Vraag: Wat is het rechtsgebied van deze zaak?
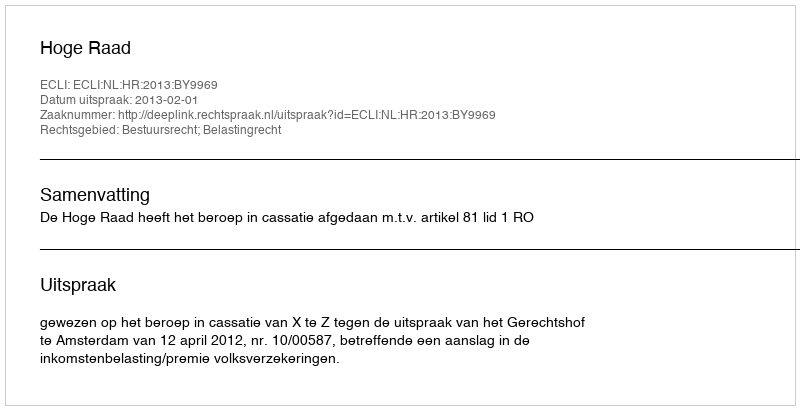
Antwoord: Bestuursrecht; Belastingrecht